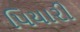
પિયારી